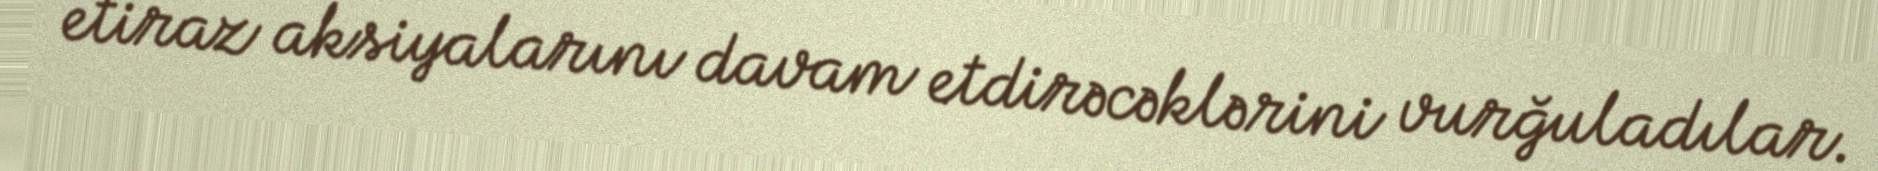
etiraz aksiyalarını davam etdirəcəklərini vurğuladılar.